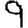
Digit: 9